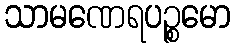
သာမဏေရပဉ္စမော